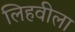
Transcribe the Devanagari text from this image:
लिहवीला